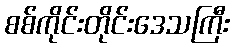
စစ်ကိုင်းတိုင်းဒေသကြီး